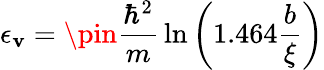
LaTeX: \epsilon_{\mathbf{v}}=\pin{\frac{{\hbar^{2}}}{{m}}}\ln\left(1.464{\frac{{b}}{{\xi}}}\right)